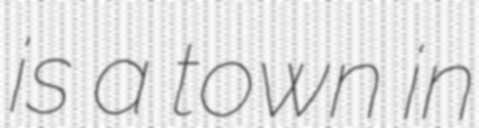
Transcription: is a town in